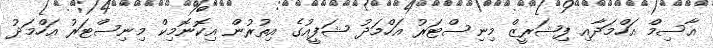
އާސިމް އަހްމަދާއި ފިޝަރީޒް މިނިސްޓަރު އަހްމަދު ޝަފީއުގެ އިތުރުން އިކޮނޮމިކް މިނިސްޓަރު އަހްމަދު